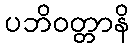
ပဘိဝတ္တာနိ